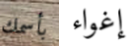
بأسمك إغواء